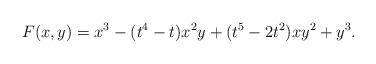
LaTeX: \begin{align*} F(x,y) = x^3 - (t^4 -t)x^2y + (t^5-2t^2)xy^2 + y^3.\end{align*}